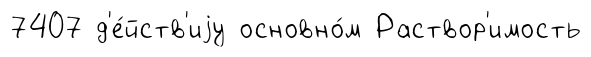
7407 д'е́йств'иjу основно́м Раствор'имость